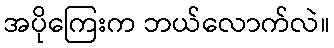
အပိုကြေးက ဘယ်လောက်လဲ။